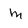
Character: m